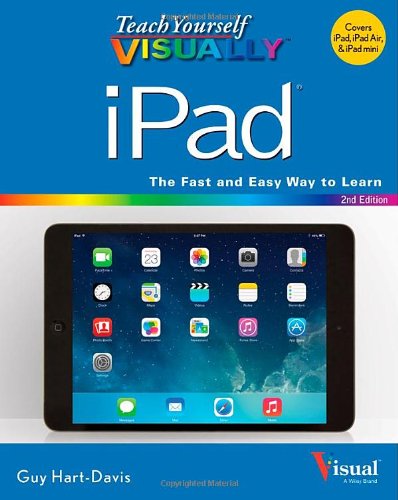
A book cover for Teach Yourself VISUALLY iPad; Guy Hart-Davis; Computers & Technology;